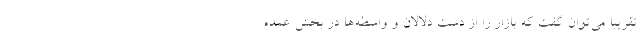
تقریبا می‌توان گفت که بازار را از دست دلالان و واسطه‌ها در بخش عمده